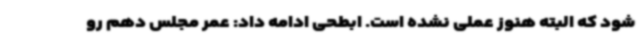
شود که البته هنوز عملی نشده است. ابطحی ادامه داد: عمر مجلس دهم رو